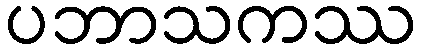
ပဘာသကဿ